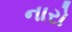
નારો